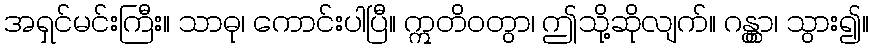
အရှင်မင်းကြီး။ သာဓု၊ ကောင်းပါပြီ။ ဣတိဝတွာ၊ ဤသို့ဆိုလျက်။ ဂန္တွာ၊ သွား၍။